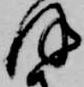
ほ